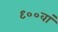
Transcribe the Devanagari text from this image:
९००वां